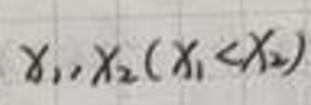
$x_1,x_2(x_1 < x_2)$